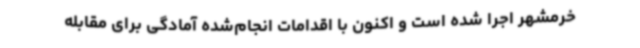
خرمشهر اجرا شده است و اکنون با اقدامات انجام‌شده آمادگی برای مقابله